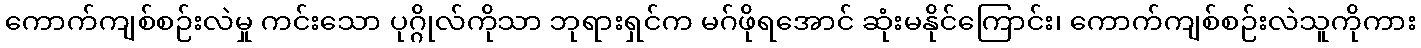
ကောက်ကျစ်စဉ်းလဲမှု ကင်းသော ပုဂ္ဂိုလ်ကိုသာ ဘုရားရှင်က မဂ်ဖိုရအောင် ဆုံးမနိုင်ကြောင်း၊ ကောက်ကျစ်စဉ်းလဲသူကိုကား